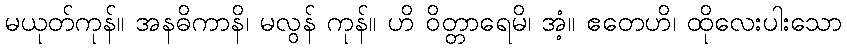
မယုတ်ကုန်။ အနဓိကာနိ၊ မလွန် ကုန်။ ဟိ ဝိတ္တာရေမိ၊ အံ့။ ဧတေဟိ၊ ထိုလေးပါးသော